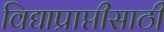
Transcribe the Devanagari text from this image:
विद्याप्राप्तीसाठी